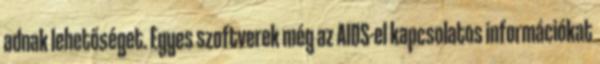
adnak lehetőséget. Egyes szoftverek még az AIDS-el kapcsolatos információkat